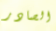
الصادر